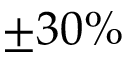
\pm 3 0 \%